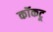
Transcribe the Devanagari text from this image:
कॉकटू